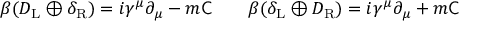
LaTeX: \beta ( D _ { \mathrm { { L } } } \oplus \delta _ { \mathrm { { R } } } ) = i \gamma ^ { \mu } \partial _ { \mu } - m { \mathsf { C } } \qquad \beta ( \delta _ { \mathrm { { L } } } \oplus D _ { \mathrm { { R } } } ) = i \gamma ^ { \mu } \partial _ { \mu } + m { \mathsf { C } }